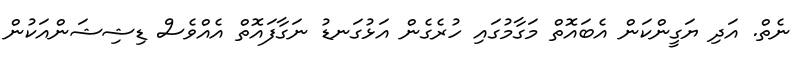
ނެތް. އަދި ޔަގީންކަން އެބައޮތް މަގާމުގައި ހުރެގެން އަޅުގަނޑު ނަގާފައޮތް އެއްވެސް ޑިޝިޝަންއަކުން